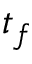
t _ { f }